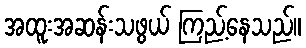
အထူးအဆန်းသဖွယ် ကြည့်နေသည်။